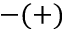
- ( + )